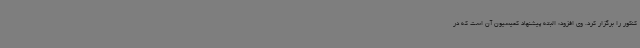
کنکور را برگزار کرد. وی افزود: البته پیشنهاد کمیسیون آن است که در